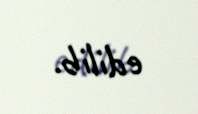
edilib.